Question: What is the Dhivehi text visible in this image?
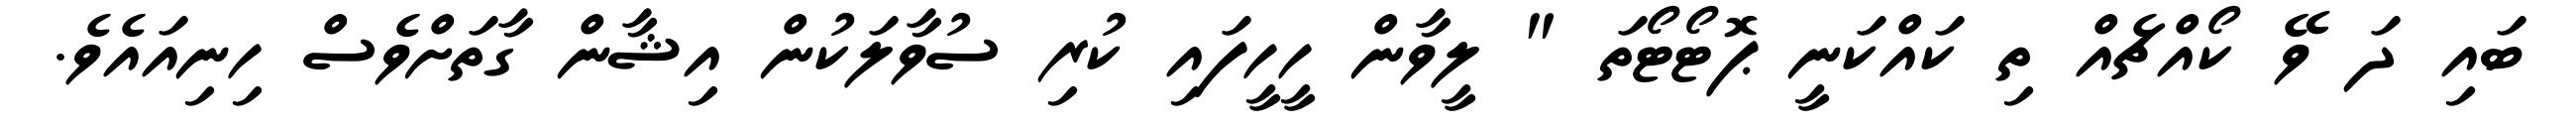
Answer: ބައި ދަ ވޭ ކޯއްޗެއް ތި ކައްކަނީ ޕޮޓޯޓޯތަ " ލީވާން ހީހީފައި ކުރި ސުވާލަކުން އިޝާން ގާތަށްވެސް ހިނިއައެވެ.